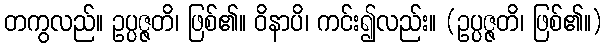
တကွလည်။ ဥပ္ပဇ္ဇတိ၊ ဖြစ်၏။ ဝိနာပိ၊ ကင်း၍လည်း။ (ဥပ္ပဇ္ဇတိ၊ ဖြစ်၏။)